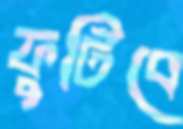
ফুটিবে